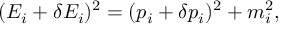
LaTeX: ( E _ { i } + \delta E _ { i } ) ^ { 2 } = ( p _ { i } + \delta p _ { i } ) ^ { 2 } + m _ { i } ^ { 2 } ,